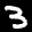
Label: 3